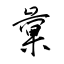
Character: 彙